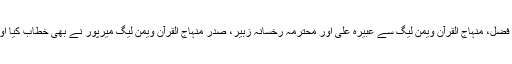
تقریب سے محمد طاہر، ایم ایس ایم سسٹرز سے شمائلہ فضل، منہاج القرآن ویمن لیگ سے عبیرہ علی اور محترمہ رخسانہ زبیر، صدر منہاج القرآن ویمن لیگ میرپور نے بھی خطاب کیا اور شیخ الاسلام کیساتھ اپنی محبت وعقیدت کا اظہار کیا۔